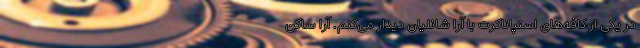
در یکی از کافه‌های استپاناکرت با آرا شانلیان دیدار می‌کنم. آرا ساکن